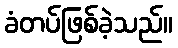
ခံတပ်ဖြစ်ခဲ့သည်။